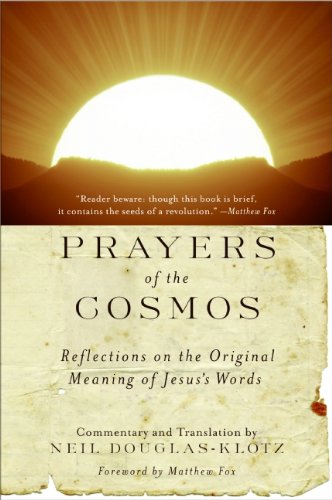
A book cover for Prayers of the Cosmos: Meditations on the Aramaic Words of Jesus; Neil Douglas-Klotz; Religion & Spirituality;